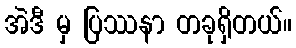
အဲဒီ မှ ပြဿနာ တခုရှိတယ်။